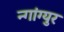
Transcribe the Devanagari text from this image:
न्गांग्युर